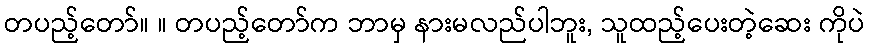
တပည့်တော်။ ။ တပည့်တော်က ဘာမှ နားမလည်ပါဘူး, သူထည့်ပေးတဲ့ဆေး ကိုပဲ